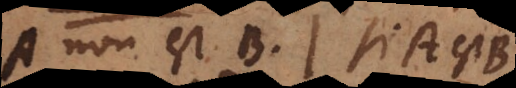
A non est B. Si A est B